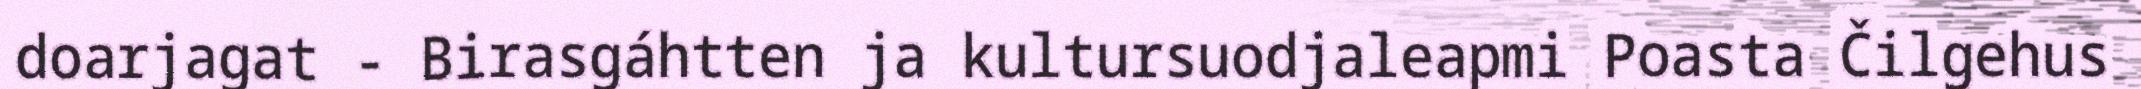
doarjagat - Birasgáhtten ja kultursuodjaleapmi Poasta Čilgehus